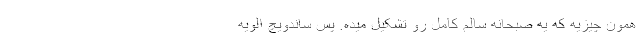
همون چیزیه که یه صبحانه سالم کامل رو تشکیل میده. پس ساندویچ الویه